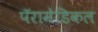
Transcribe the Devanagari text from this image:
पॅरामेडिकल